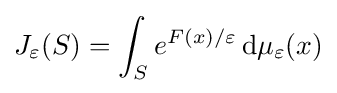
J_{\varepsilon }(S)=\int _{S}e^{F(x)/\varepsilon }\,\mathrm {d} \mu _{\varepsilon }(x)